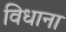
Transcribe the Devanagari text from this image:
विधाना